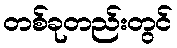
တစ်ခုတည်းတွင်